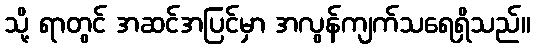
သို့ ရာတွင် အဆင်အပြင်မှာ အလွန်ကျက်သရေရှိသည်။